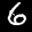
Label: 6